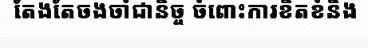
តែងតែចងចាំជានិច្ច ចំពោះការខិតខំនិង